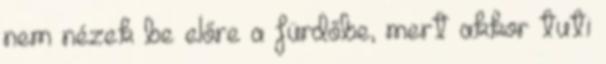
nem nézek be előre a fürdőbe, mert akkor tuti